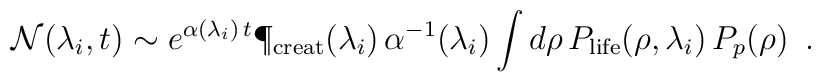
{\cal N}(\lambda_i,t) \sim  e^{\alpha(\lambda_i)\, t} \P_{\rm creat}(\lambda_i)\, \alpha^{-1}(\lambda_i) \int d\rho \,P_{\rm life}(\rho,\lambda_i)\, P_p(\rho)\, \ .